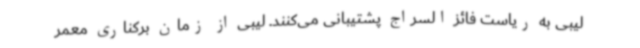
لیبی به ریاست فائز السراج پشتیبانی می‌کنند. لیبی از زمان برکناری معمر